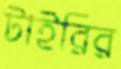
টাইরির